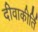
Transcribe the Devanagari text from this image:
दीवाकीर्ति